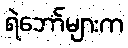
ရဲဘော်များက